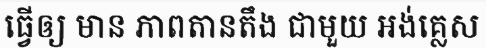
ធ្វើឲ្យ មាន ភាពតានតឹង ជាមួយ អង់គ្លេស